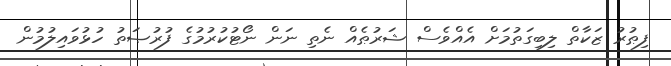
ފިޠުރު ޒަކާތް ލިބިގަތުމަށް އެއްވެސް ޝަރުޠެއް ނެތި ނަން ނޯޓުކުރުމުގެ ފުރުޞަތު ހުޅުވައިލުމުން